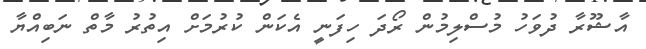
އާޝޫރާ ދުވަހު މުސްލިމުން ރޯދަ ހިފަނީ އެކަން ކުރުމަށް އިތުރު މާތް ނަބިއްޔާ